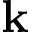
\bf { k }